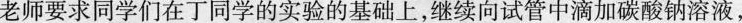
老师要求同学们在丁同学的实验的基础上，继续向试管中滴加碳酸钠溶液，